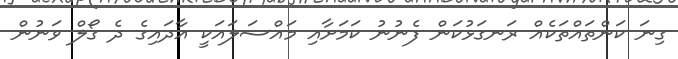
ގިނަ ކަންތައްތަކެއް ރަނގަޅުކަން ފެނުނު ކަމަށާއި މައްސަލައަކީ އާދައިގެ ދެ ގޯލް ވަނުން